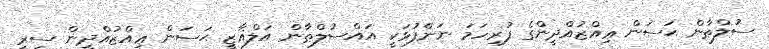
ސުލްޠާން ޙަސަން ޢިއްޒުއްދީންގެ ފުރިހަމަ ނަންފުޅަކީ އައްސުލްޠާން އަލްޣާޒީ ޙަސަން ޢިއްޒުއްދީން ސިރީ